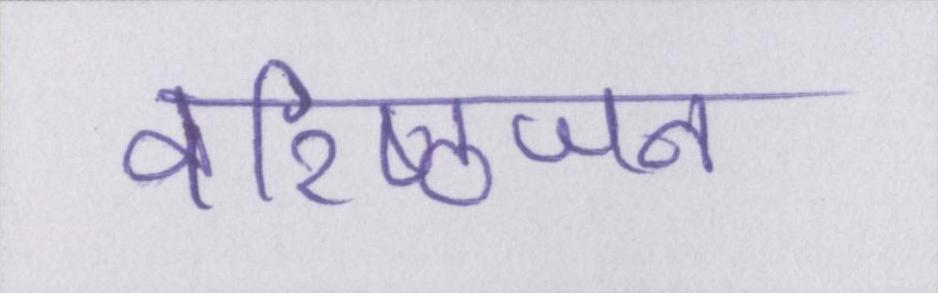
वरिष्ठजन